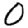
Digit: 0